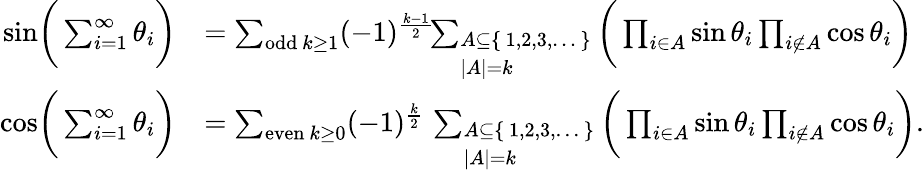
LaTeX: {\begin{array}{rl}{{\sin}{\biggl(}\sum_{i=1}^{\infty}\theta_{i}{\biggl)}}&{=\sum_{{\mathrm{odd}}\ k\geq 1}(-1)^{\frac{k-1}{2}}\! \! \sum_{\begin{array}{l}{A\subseteq\{ \, 1,2,3,\dots\, \} }\\ {\left|A\right|=k}\end{array}}{\biggl(}\prod_{i\in A}\sin\theta_{i}\prod_{i\not\in A}\cos\theta_{i}{\biggr)}}\\ {{\cos}{\biggl(}\sum_{i=1}^{\infty}\theta_{i}{\biggr)}}&{=\sum_{{\mathrm{even}}\ k\geq 0}(-1)^{\frac{k}{2}}\, \sum_{\begin{array}{l}{A\subseteq\{ \, 1,2,3,\dots\, \} }\\ {\left|A\right|=k}\end{array}}{\biggl(}\prod_{i\in A}\sin\theta_{i}\prod_{i\not\in A}\cos\theta_{i}{\biggr)}.}\end{array}}